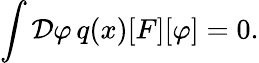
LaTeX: \int{\mathcal{D}}\varphi\, q(x)[F][\varphi]=0.